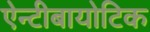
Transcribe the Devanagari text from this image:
ऐन्टीबायोटिक